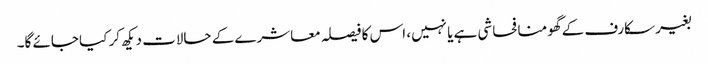
بغیر سکارف کے گھومنا فحاشی ہے یا نہیں، اس کا فیصلہ معاشرے کے حالات دیکھ کر کیا جائے گا۔